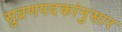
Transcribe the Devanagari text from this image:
सुव्रणपदकांनुसार